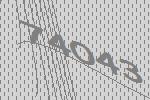
74043